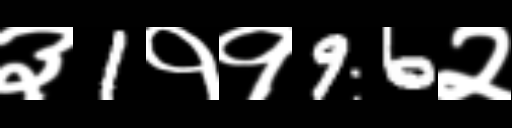
Text: ३1११96२